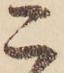
こ